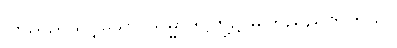
ကြည်ညိုသင့်သော သမ္မာဒိဋ္ဌိတို့၌ မကြည်ညိုတတ်သူ။